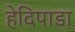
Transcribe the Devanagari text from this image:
हेदिपाडा